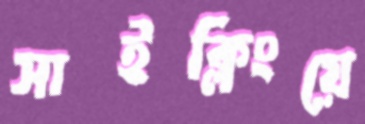
সাইক্লিংয়ে